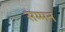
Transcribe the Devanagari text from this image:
सम्‍मन